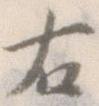
右